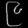
Digit: ၉